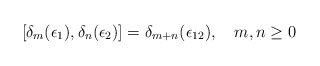
\begin{align*}[\delta_m (\epsilon_1), \delta_n (\epsilon_2)]= \delta_{m + n} (\epsilon_{12}), \quad m,n \geq 0\end{align*}